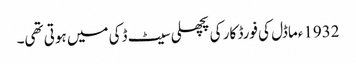
1932ءماڈل کی فورڈ کار کی پچھلی سیٹ ڈکی میں ہوتی تھی۔